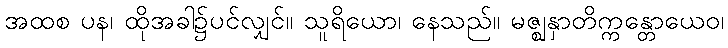
အထစ ပန၊ ထိုအခါ၌ပင်လျှင်။ သူရိယော၊ နေသည်။ မဇ္ဈနှာတိက္ကန္တောယေဝ၊